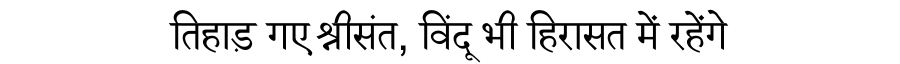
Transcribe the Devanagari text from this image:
तिहाड़ गए श्रीसंत, विंदू भी हिरासत में रहेंगे